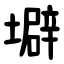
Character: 壀